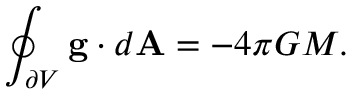
\oint _ { \partial V } \mathbf { g } \cdot d \mathbf { A } = - 4 \pi G M .